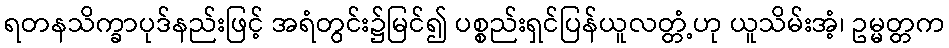
ရတနသိက္ခာပုဒ်နည်းဖြင့် အရံတွင်း၌မြင်၍ ပစ္စည်းရှင်ပြန်ယူလတ္တံ့ဟု ယူသိမ်းအံ့၊ ဥမ္မတ္တက